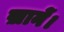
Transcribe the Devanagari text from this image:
ख़ानें।